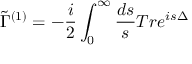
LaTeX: \tilde { \Gamma } ^ { ( 1 ) } = - \frac { i } { 2 } \int _ { 0 } ^ { \infty } \frac { d s } { s } T r e ^ { i s \Delta }